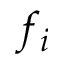
f _ { i }